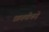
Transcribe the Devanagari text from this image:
छावणीकडे